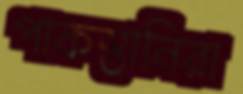
পাকস্তানিরা